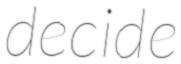
decide